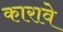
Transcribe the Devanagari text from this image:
कारावे